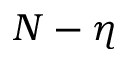
N - \eta